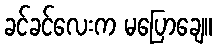
ခင်ခင်လေးက မပြောချေ။